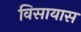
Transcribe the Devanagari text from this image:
विसायास